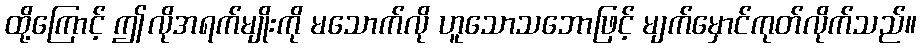
ထို့ကြောင့် ဤလိုအရက်မျိုးကို မသောက်လို ဟူသောသဘောဖြင့် မျက်မှောင်ကုတ်လိုက်သည်။